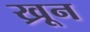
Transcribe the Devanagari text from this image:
ख्रून